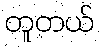
တူတယ်